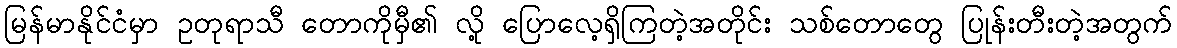
မြန်မာနိုင်ငံမှာ ဥတုရာသီ တောကိုမှီ၏ လို့ ပြောလေ့ရှိကြတဲ့အတိုင်း သစ်တောတွေ ပြုန်းတီးတဲ့အတွက်